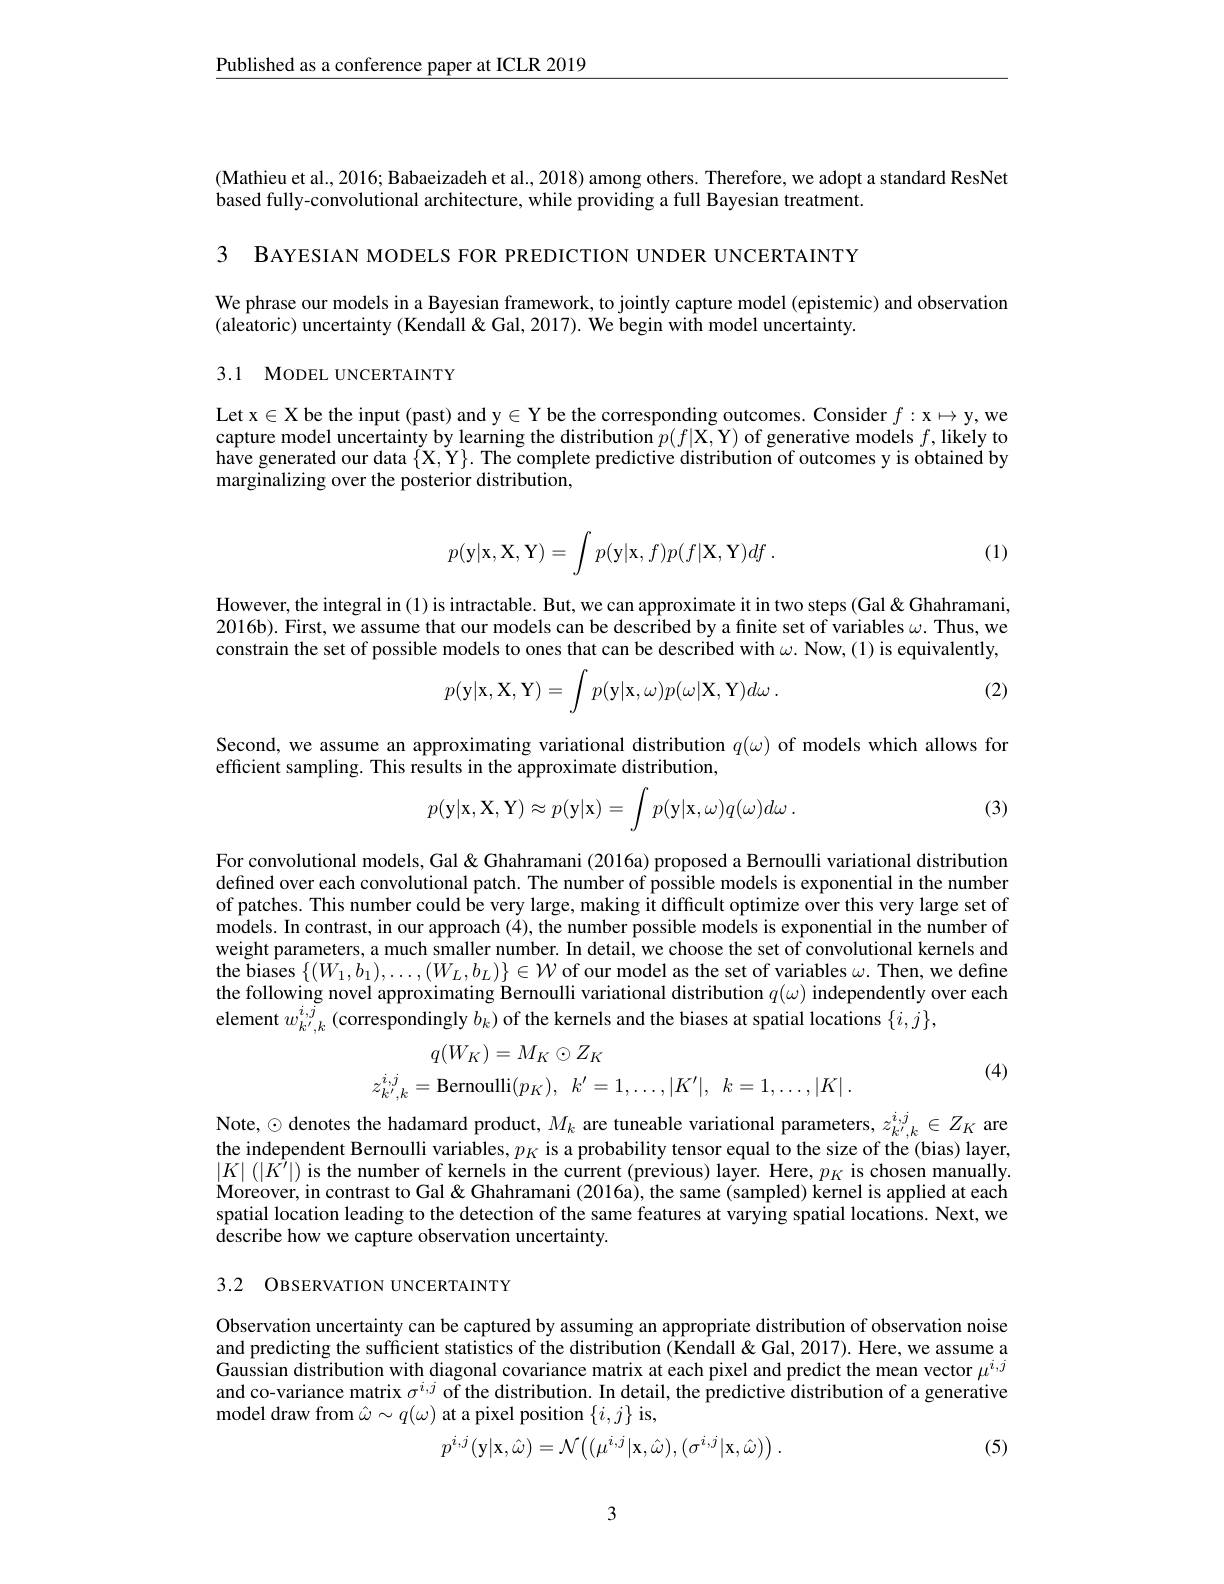
$\underline{\text{Published as a conference paper at ICLR 2019}}$

(Mathieu et al., 2016; Babaeizadeh et al., 2018) among others. Therefore, we adopt a standard ResNet
based fully-convolutional architecture, while providing a full Bayesian treatment.

3 BAYESIAN MODELS FOR PREDICTION UNDER UNCERTAINTY

We phrase our models in a Bayesian framework, to jointly capture model (epistemic) and observation
(aleatoric) uncertainty (Kendall&Gal,2017). We begin with model uncertainty.

## 3.1 MODEL UNCERTAINTY

Let x$\in$X be the input (past) and y$\in$Y be the corresponding outcomes. Consider $f:$x$\mapsto$y,we capture model uncertainty by learning the distribution $p(f|\mathbf{X},\mathbf{Y})$ of generative models $f$,likely to have generated our data $\{$X, Y$\} .$ The complete predictive distribution of outcomes y is obtained by marginalizing over the posterior distribution,
$$p(\mathrm y|\mathrm x,\mathrm X,\mathrm Y)=\int p(\mathrm y|\mathrm x,f)p(f|\mathrm X,\mathrm Y)df\:.$$
(1)

However, the integral in (1) is intractable. But, we can approximate it in two steps (Gal& Ghahramani, 2016b). First, we assume that our models can be described by a finite set of variables $\omega.$ Thus, we constrain the set of possible models to ones that can be described with $\omega.$ Now,(1) is equivalently,
$$p(\mathbf{y}|\mathbf{x},\mathbf{X},\mathbf{Y})=\int p(\mathbf{y}|\mathbf{x},\omega)p(\omega|\mathbf{X},\mathbf{Y})d\omega\:.$$
(2)

Second, we assume an approximating variational distribution $q(\omega)$ of models which allows for
efficient sampling. This results in the approximate distribution,

(3)
$$p(\mathbf{y}|\mathbf{x},\mathbf{X},\mathbf{Y})\approx p(\mathbf{y}|\mathbf{x})=\int p(\mathbf{y}|\mathbf{x},\omega)q(\omega)d\omega\:.$$
For convolutional models, Gal & Ghahramani (2016a) proposed a Bernoulli variational distribution defined over each convolutional patch. The number of possible models is exponential in the number of patches. This number could be very large, making it difficult optimize over this very large set of models. In contrast, in our approach (4), the number possible models is exponential in the number of weight parameters, a much smaller number. In detail, we choose the set of convolutional kernels and the biases $\{(W_1,b_1),\ldots,(W_L,b_L)\}\in\mathcal{W}$ of our model as the set of variables $\omega.$ Then, we define the following novel approximating Bernoulli variational distribution $q(\omega)$ independently over each element $w_{k^{\prime},k}^{i,j}\left(\hat{\text{correspondingly}b_k}\right)$of the kernels and the biases at spatial locations $\{i,j\}$,
$$\begin{aligned}q(W_K)&=M_K\odot Z_K\\z_{k',k}^{i,j}&=\text{Bernoulli}(p_K),\:k'=1,\ldots,|K'|,\:k=1,\ldots,|K|\:.\end{aligned}$$
(4)

Note, $\odot$ denotes the hadamard product, $M_k$ are tuneable variational parameters, $z_{k^{\prime},k}^{i,j}\in Z_K$ are the independent Bernoulli variables, $p_K$ is a probability tensor equal to the size of the (bias) layer, $|K|\left(|\tilde{K^{\prime}}|\right)$is the number of kernels in the current (previous) layer. Here, $p_K$ is chosen manually. Moreover, in contrast to Gal& Ghahramani $(2016a)$, the same (sampled) kernel is applied at each spatial location leading to the detection of the same features at varying spatial locations. Next, we describe how we capture observation uncertainty.

3.2 OBSERVATION UNCERTAINTY

Observation uncertainty can be captured by assuming an appropriate distribution of observation noise and predicting the sufficient statistics of the distribution (Kendall&Gal,2017). Here, we assume a Gaussian distribution with diagonal covariance matrix at each pixel and predict the mean vector $\mu^{i,j}$ and co-variance matrix $\sigma^{i,j}$ of the distribution. In detail, the predictive distribution of a generative model draw from $\hat{\omega}\sim q(\omega)$ at a pixel position $\{i,j\}$ is,
$$p^{i,j}(\mathbf{y}|\mathbf{x},\hat{\omega})=\mathcal{N}\big((\mu^{i,j}|\mathbf{x},\hat{\omega}),(\sigma^{i,j}|\mathbf{x},\hat{\omega})\big)\:.$$
(5)

3